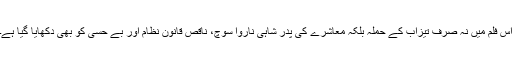
اس فلم میں نہ صرف تیزاب کے حملہ بلکہ معاشرے کی پدر شاہی ناروا سوچ، ناقص قانون نظام اور بے حسی کو بھی دکھایا گیا ہے۔